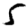
Digit: 5